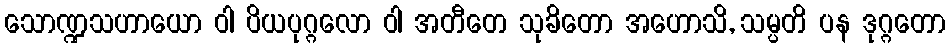
သောဏ္ဍသဟာယော ဝါ ပိယပုဂ္ဂလော ဝါ အတီတေ သုခိတော အဟောသိ, သမ္ပတိ ပန ဒုဂ္ဂတော